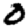
Digit: 0